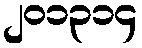
၂၀၁၃၁၄